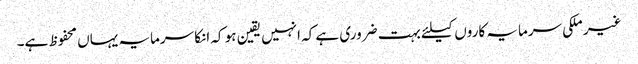
غیر ملکی سرمایہ کاروں کیلئے بہت ضروری ہے کہ انہیں یقین ہو کہ انکا سرمایہ یہاں محفوظ ہے۔